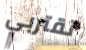
تقتربي